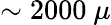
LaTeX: \sim 2000\ \mu